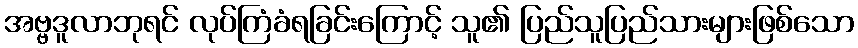
အဗ္ဗဒူလာဘုရင် လုပ်ကြံခံရခြင်းကြောင့် သူ၏ ပြည်သူပြည်သားများဖြစ်သော